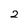
Character: 2